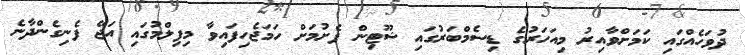
ދުވަހެއްގައި ކަމަށްވާއިރު މިއަހަރުގެ ޑިސެމްބަރުގައި ޝޫޓިން ފެށުމަށް ހަމަޖެހިފައިވާ މިފިލްމުގައި އަޖޭ ފެނިގެންދާނެ